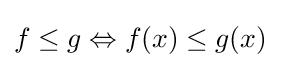
f\leq g\Leftrightarrow f(x)\leq g(x)